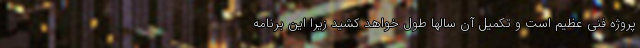
پروژه فنی عظیم است و تکمیل آن سالها طول خواهد کشید زیرا این برنامه